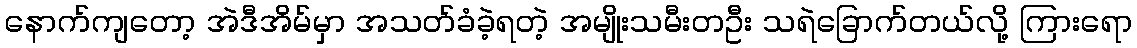
နောက်ကျတော့ အဲဒီအိမ်မှာ အသတ်ခံခဲ့ရတဲ့ အမျိုးသမီးတဦး သရဲခြောက်တယ်လို့ ကြားရော